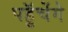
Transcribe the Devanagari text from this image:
पहुॅचेंगे